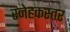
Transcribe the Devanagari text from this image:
स्नेहकस्तर